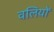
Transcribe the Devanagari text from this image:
वलियों